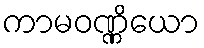
ကာမဝဏ္ဏိယော